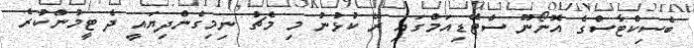
ބެސިކްޓާސްގެ އޮނޯނޫ ސްޓޭޑިއަމްގައި ރޭ ކުޅުނު މި މެޗު ނިމިގެންދިޔައީ ދެ ޓީމުންކުރެ